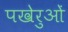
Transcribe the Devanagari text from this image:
पखेरुओं